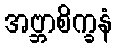
အဗ္ဘာစိက္ခနံ